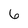
Character: 6